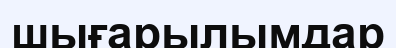
шығарылымдар